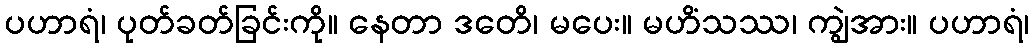
ပဟာရံ၊ ပုတ်ခတ်ခြင်းကို။ နေတာ ဒတေိ၊ မပေး။ မဟိံသဿ၊ ကျွဲအား။ ပဟာရံ၊